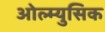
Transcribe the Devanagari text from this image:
ओल्म्युसिक